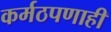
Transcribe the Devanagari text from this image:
कर्मठपणाही